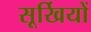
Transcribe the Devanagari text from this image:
सूर्खियों